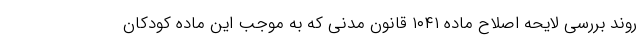
روند بررسی لایحه اصلاح ماده ۱۰۴۱ قانون مدنی که به موجب این ماده کودکان